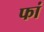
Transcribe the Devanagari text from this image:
फां